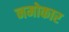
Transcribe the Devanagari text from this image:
नमोकार